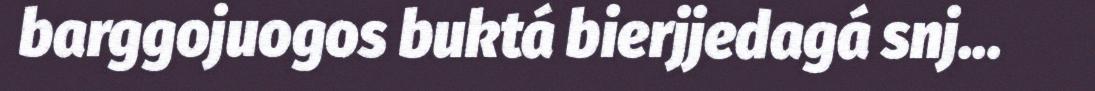
barggojuogos buktá bierjjedagá snj...